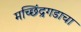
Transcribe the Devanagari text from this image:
मच्छिंद्रगडाचा